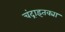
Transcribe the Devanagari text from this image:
चंद्राइतक्या